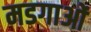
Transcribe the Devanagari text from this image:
मडगाओं